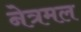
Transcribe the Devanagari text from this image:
नेत्रमल